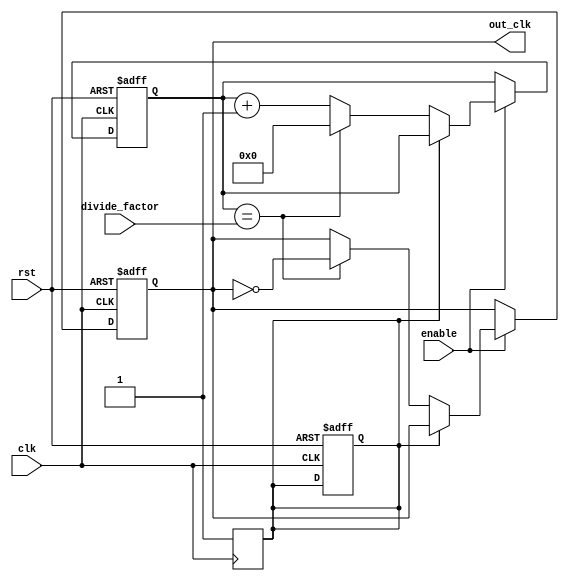
module FrequencySynthesizer(
    input rst,
    input clk,
    input enable,
    input [7:0] divide_factor,
    output reg out_clk
);

reg [7:0] counter;
reg sync_flag;

always @(posedge clk or posedge rst) begin
    if (rst) begin
        counter <= 8'd0;
        sync_flag <= 1'b0;
        out_clk <= 1'b0;
    end else if (enable) begin
        if (sync_flag == 1'b0) begin
            if (counter == divide_factor) begin
                counter <= 8'd0;
                out_clk <= ~out_clk;
            end else begin
                counter <= counter + 1;
            end
        end
    end
end

always @(posedge clk) begin
    sync_flag <= 1'b1;
end

endmodule